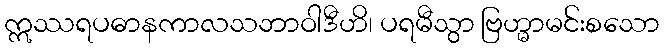
ဣဿရပဓာနကာလသဘာဝါဒီဟိ၊ ပရမီသွာ ဗြဟ္မာမင်းစသော